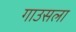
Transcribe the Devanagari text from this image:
गाउसला